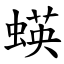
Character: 蝧